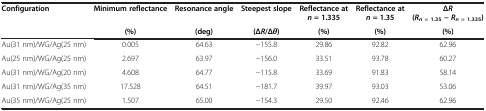
| <ROWSPAN=3> Configuration | <ROWSPAN=2> Minimum reflectance | <ROWSPAN=2> Resonance angle | <ROWSPAN=2> Steepest slope | <ROWSPAN=2> Reflectance at n = 1.335 | <ROWSPAN=2> Reflectance at n = 1.35 | ΔR |
 | (Rn = 1.35− Rn = 1.335) |
 | (%) | (deg) | (Δ R /Δ θ ) | (%) | (%) | (%) |
 | --- | --- | --- | --- | --- | --- | --- |
 | Au(31 nm)/WG/Ag(25 nm) | 0.005 | 64.63 | −155.8 | 29.86 | 92.82 | 62.96 |
 | Au(25 nm)/WG/Ag(25 nm) | 2.697 | 63.97 | −156.0 | 33.51 | 93.78 | 60.27 |
 | Au(31 nm)/WG/Ag(20 nm) | 4.608 | 64.77 | −115.8 | 33.69 | 91.83 | 58.14 |
 | Au(31 nm)/WG/Ag(35 nm) | 17.528 | 64.51 | −181.7 | 39.97 | 93.03 | 53.06 |
 | Au(35 nm)/WG/Ag(25 nm) | 1.507 | 65.00 | −154.3 | 29.50 | 92.46 | 62.96 |